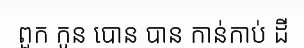
ពួក កូន បោន បាន កាន់កាប់ ដី